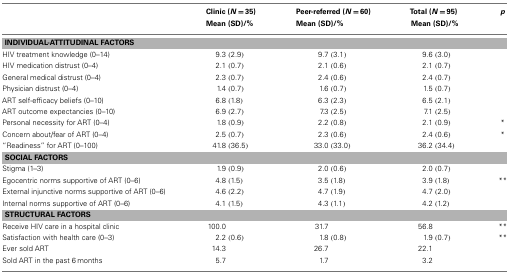
<table><thead><tr><td></td><td><b>Clinic (<i>N</i> = 35) Mean (SD)/%</b></td><td><b>Peer-referred (<i>N</i> = 60) Mean (SD)/%</b></td><td><b>Total (<i>N</i> = 95) Mean (SD)/%</b></td><td><b><i>p</i></b></td></tr></thead><tbody><tr><td colspan="5"><b>INDIVIDUAL-ATTITUDINAL FACTORS</b></td></tr><tr><td>HIV treatment knowledge (0–14)</td><td>9.3 (2.9)</td><td>9.7 (3.1)</td><td>9.6 (3.0)</td><td></td></tr><tr><td>HIV medication distrust (0–4)</td><td>2.1 (0.7)</td><td>2.1 (0.6)</td><td>2.1 (0.7)</td><td></td></tr><tr><td>General medical distrust (0–4)</td><td>2.3 (0.7)</td><td>2.4 (0.6)</td><td>2.4 (0.7)</td><td></td></tr><tr><td>Physician distrust (0–4)</td><td>1.4 (0.7)</td><td>1.6 (0.7)</td><td>1.5 (0.7)</td><td></td></tr><tr><td>ART self-efficacy beliefs (0–10)</td><td>6.8 (1.8)</td><td>6.3 (2.3)</td><td>6.5 (2.1)</td><td></td></tr><tr><td>ART outcome expectancies (0–10)</td><td>6.9 (2.7)</td><td>7.3 (2.5)</td><td>7.1 (2.5)</td><td></td></tr><tr><td>Personal necessity for ART (0–4)</td><td>1.8 (0.9)</td><td>2.2 (0.8)</td><td>2.1 (0.9)</td><td>*</td></tr><tr><td>Concern about/fear of ART (0–4)</td><td>2.5 (0.7)</td><td>2.3 (0.6)</td><td>2.4 (0.6)</td><td>*</td></tr><tr><td>“Readiness” for ART (0–100)</td><td>41.8 (36.5)</td><td>33.0 (33.0)</td><td>36.2 (34.4)</td><td></td></tr><tr><td colspan="5"><b>SOCIAL FACTORS</b></td></tr><tr><td>Stigma (1–3)</td><td>1.9 (0.9)</td><td>2.0 (0.6)</td><td>2.0 (0.7)</td><td></td></tr><tr><td>Egocentric norms supportive of ART (0–6)</td><td>4.8 (1.5)</td><td>3.5 (1.8)</td><td>3.9 (1.8)</td><td>**</td></tr><tr><td>External injunctive norms supportive of ART (0–6)</td><td>4.6 (2.2)</td><td>4.7 (1.9)</td><td>4.7 (2.0)</td><td></td></tr><tr><td>Internal norms supportive of ART (0–6)</td><td>4.1 (1.5)</td><td>4.3 (1.1)</td><td>4.2 (1.2)</td><td></td></tr><tr><td colspan="5"><b>STRUCTURAL FACTORS</b></td></tr><tr><td>Receive HIV care in a hospital clinic</td><td>100.0</td><td>31.7</td><td>56.8</td><td>**</td></tr><tr><td>Satisfaction with health care (0–3)</td><td>2.2 (0.6)</td><td>1.8 (0.8)</td><td>1.9 (0.7)</td><td>**</td></tr><tr><td>Ever sold ART</td><td>14.3</td><td>26.7</td><td>22.1</td><td></td></tr><tr><td>Sold ART in the past 6 months</td><td>5.7</td><td>1.7</td><td>3.2</td><td></td></tr></tbody></table>